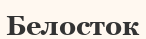
Белосток